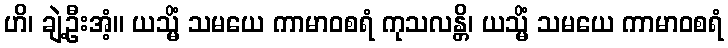
ဟိ၊ ချဲ့ဦးအံ့။ ယသ္မိံ သမယေ ကာမာဝစရံ ကုသလန္တိ၊ ယသ္မိံ သမယေ ကာမာဝစရံ